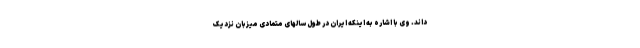
داند. وی با اشاره به اینکه ایران در طول سالهای متمادی میزبان نزدیک